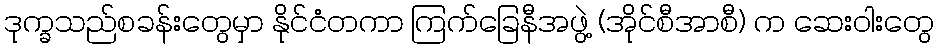
ဒုက္ခသည်စခန်းတွေမှာ နိုင်ငံတကာ ကြက်ခြေနီအဖွဲ့ (အိုင်စီအာစီ) က ဆေးဝါးတွေ